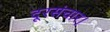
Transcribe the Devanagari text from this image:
दूरसंचार।